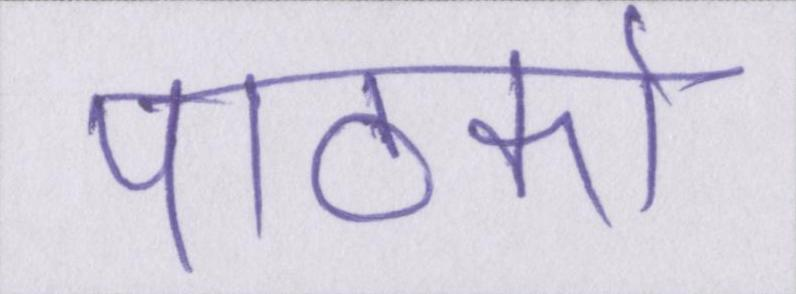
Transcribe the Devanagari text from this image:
पाठकों